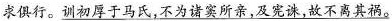
求俱行。\underline{训初厚于马氏，不为诸窦所亲，及宪诛，故不离其祸。}